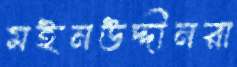
মইনউদ্দীনরা